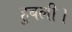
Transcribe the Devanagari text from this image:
हुबली।